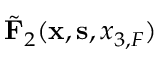
\tilde { \bf F } _ { 2 } ( { { \bf x } } , { { \bf s } } , { x _ { 3 , F } } )